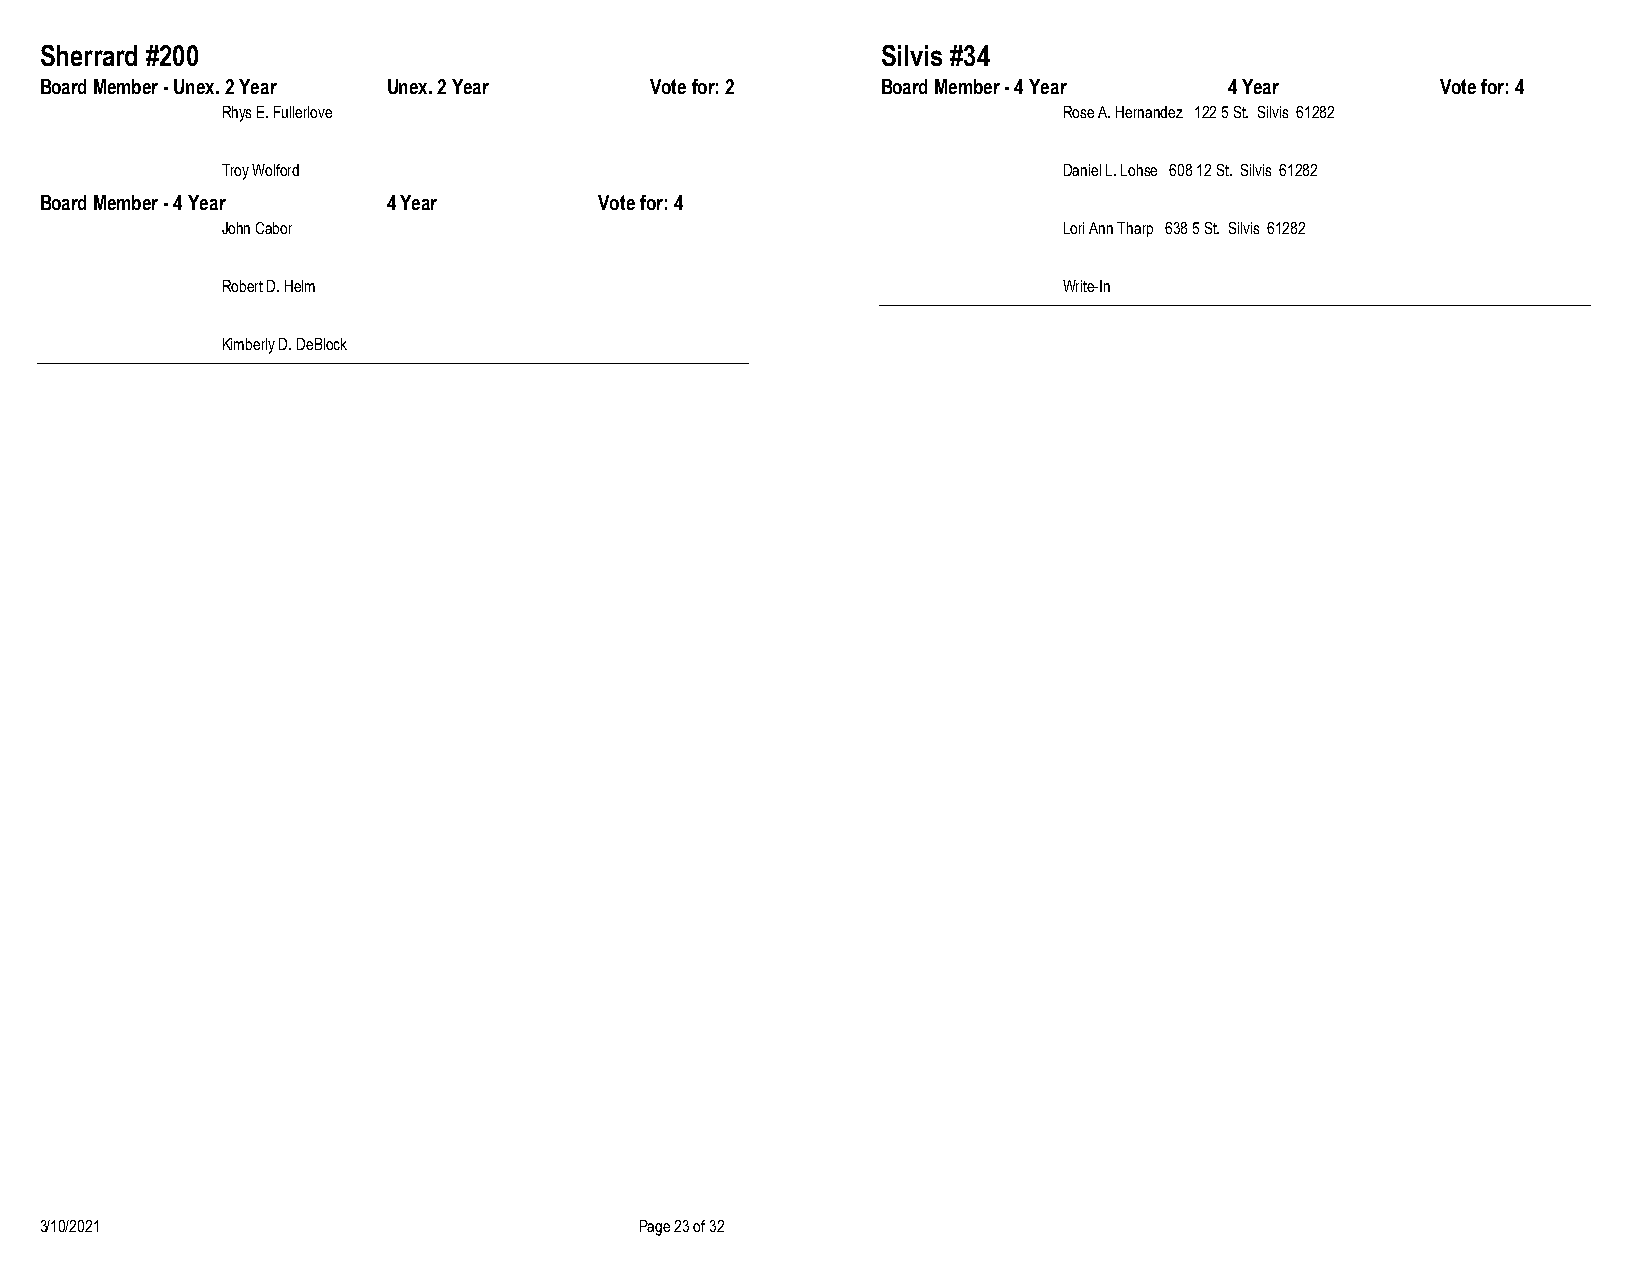
Sherrard #200                                          Silvis #34
 Board Member - Unex. 2 Year Unex. 2 Year Vote for: 2   Board Member - 4 Year  4 Year        Vote for: 4
 Rhys E. Fullerlove                                     Rose A. Hernandez 122 5 St. Silvis 61282
 Troy Wolford                                           Daniel L. Lohse 608 12 St. Silvis 61282
 Board Member - 4 Year  4 Year        Vote for: 4
 John Cabor                                             Lori Ann Tharp 638 5 St. Silvis 61282
 Robert D. Helm                                         Write-In
 Kimberly D. DeBlock
 3/10/2021                              Page 23 of 32